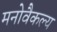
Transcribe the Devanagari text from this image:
मनोवैकल्य